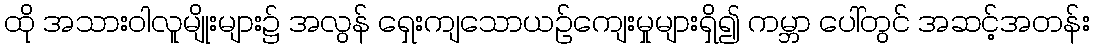
ထို အသားဝါလူမျိုးများ၌ အလွန် ရှေးကျသောယဉ်ကျေးမှုများရှိ၍ ကမ္ဘာ ပေါ်တွင် အဆင့်အတန်း